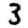
Digit: 3